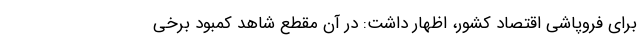
برای فروپاشی اقتصاد کشور، اظهار داشت: در آن مقطع شاهد کمبود برخی